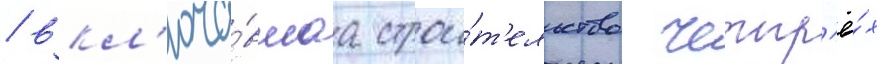
/ вкл'юча́вшаа строи́т'ельство четыр'ё́х